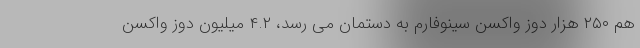
هم ۲۵۰ هزار دوز واکسن سینوفارم به دستمان می رسد، ۴.۲ میلیون دوز واکسن